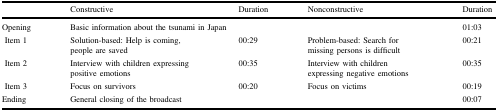
<table><thead><tr><td></td><td><b>Constructive</b></td><td><b>Duration</b></td><td><b>Nonconstructive</b></td><td><b>Duration</b></td></tr></thead><tbody><tr><td>Opening</td><td colspan="3">Basic information about the tsunami in Japan</td><td>01:03</td></tr><tr><td> Item 1</td><td>Solution-based: Help is coming, people are saved</td><td>00:29</td><td>Problem-based: Search for missing persons is difficult</td><td>00:21</td></tr><tr><td> Item 2</td><td>Interview with children expressing positive emotions</td><td>00:35</td><td>Interview with children expressing negative emotions</td><td>00:35</td></tr><tr><td> Item 3</td><td>Focus on survivors</td><td>00:20</td><td>Focus on victims</td><td>00:19</td></tr><tr><td>Ending</td><td colspan="3">General closing of the broadcast</td><td>00:07</td></tr></tbody></table>